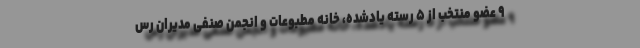
۹ عضو منتخب از ۵ رسته یادشده، خانه مطبوعات و انجمن صنفی مدیران رس